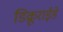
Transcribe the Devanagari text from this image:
डिक्रूराईडे